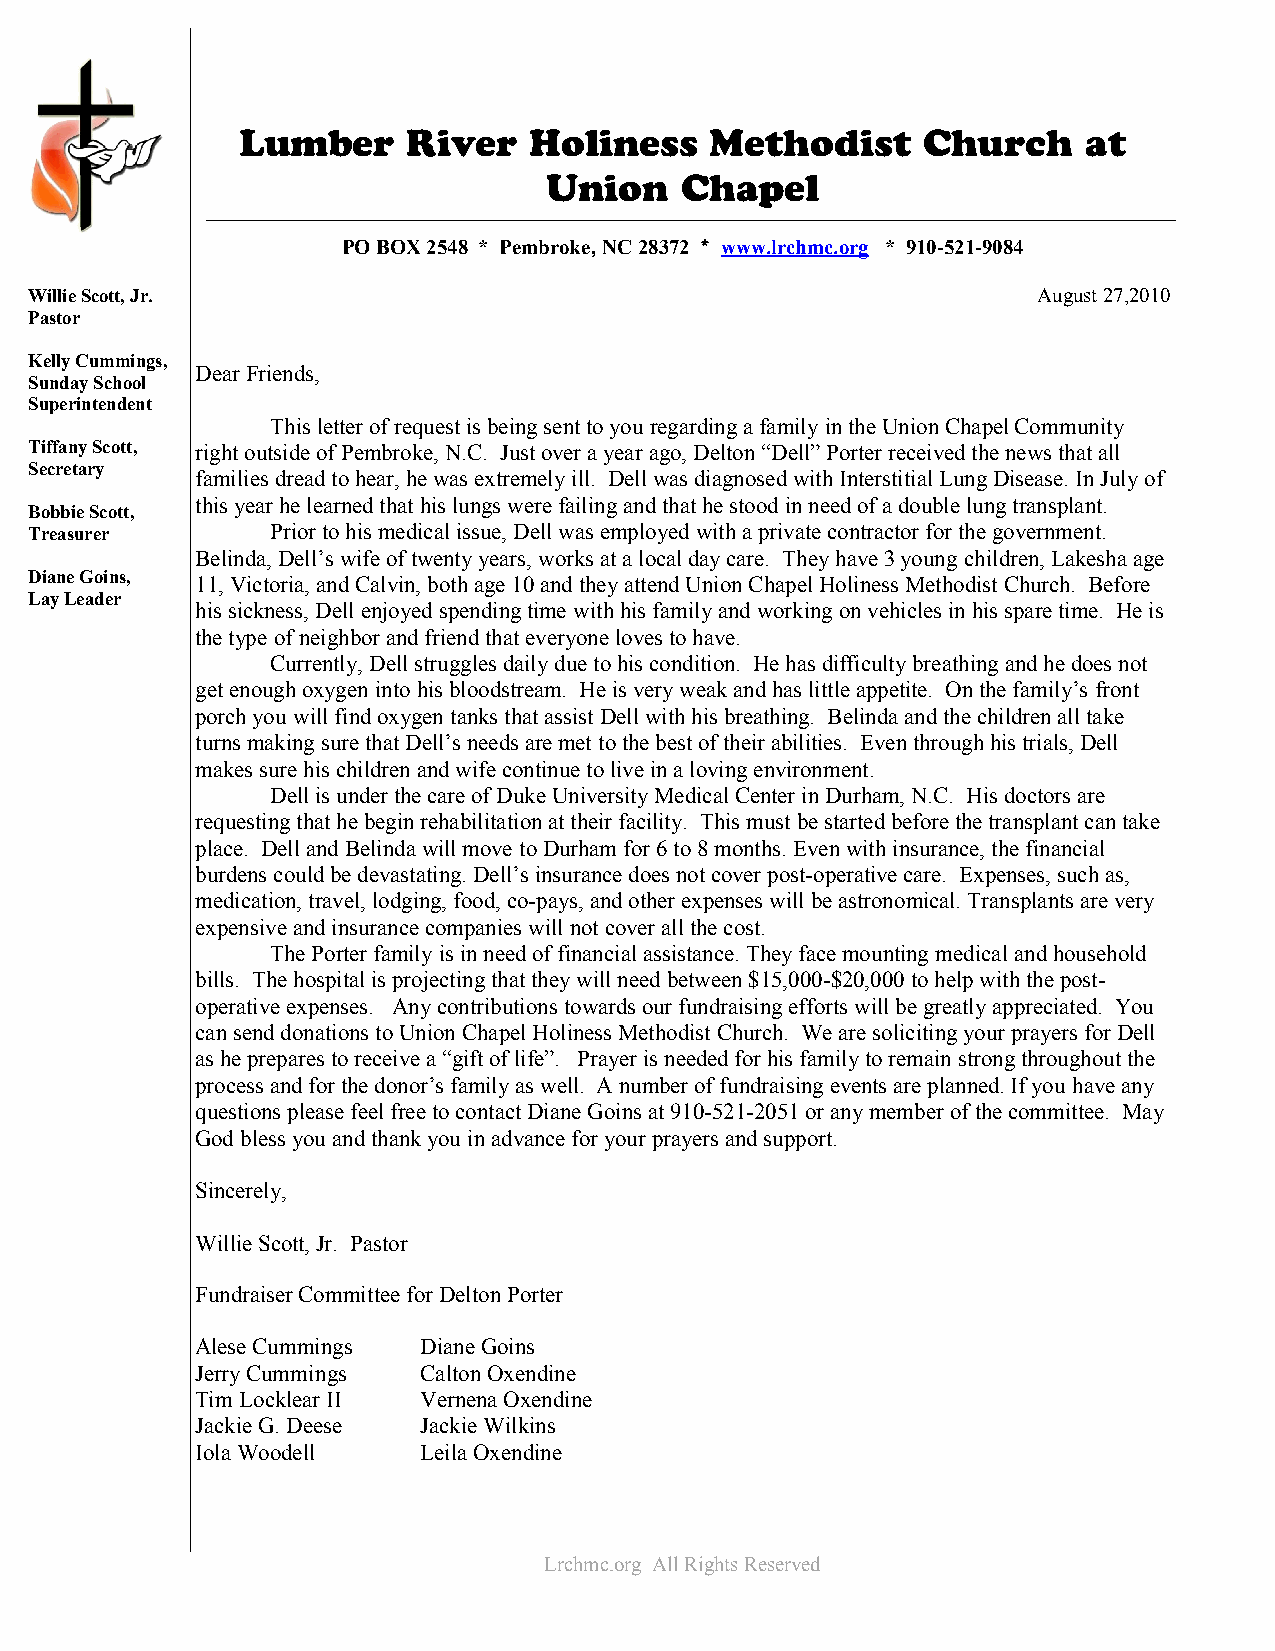
Lumber     River   Holiness    Methodist     Church     at
 Union    Chapel
 PO BOX 2548 * Pembroke, NC 28372 * www.lrchmc.org * 910-521-9084
 Willie Scott, Jr.                                                  August 27,2010
 Pastor
 Kelly Cummings,
 Dear Friends,
 Sunday School
 Superintendent
 This letter of request is being sent to you regarding a family in the Union Chapel Community
 Tiffany Scott, right outside of Pembroke, N.C. Just over a year ago, Delton “Dell” Porter received the news that all
 Secretary
 families dread to hear, he was extremely ill. Dell was diagnosed with Interstitial Lung Disease. In July of
 this year he learned that his lungs were failing and that he stood in need of a double lung transplant.
 Bobbie Scott,
 Treasurer       Prior to his medical issue, Dell was employed with a private contractor for the government.
 Belinda, Dell’s wife of twenty years, works at a local day care. They have 3 young children, Lakesha age
 Diane Goins, 11, Victoria, and Calvin, both age 10 and they attend Union Chapel Holiness Methodist Church. Before
 Lay Leader
 his sickness, Dell enjoyed spending time with his family and working on vehicles in his spare time. He is
 the type of neighbor and friend that everyone loves to have.
 Currently, Dell struggles daily due to his condition. He has difficulty breathing and he does not
 get enough oxygen into his bloodstream. He is very weak and has little appetite. On the family’s front
 porch you will find oxygen tanks that assist Dell with his breathing. Belinda and the children all take
 turns making sure that Dell’s needs are met to the best of their abilities. Even through his trials, Dell
 makes sure his children and wife continue to live in a loving environment.
 Dell is under the care of Duke University Medical Center in Durham, N.C. His doctors are
 requesting that he begin rehabilitation at their facility. This must be started before the transplant can take
 place. Dell and Belinda will move to Durham for 6 to 8 months. Even with insurance, the financial
 burdens could be devastating. Dell’s insurance does not cover post-operative care. Expenses, such as,
 medication, travel, lodging, food, co-pays, and other expenses will be astronomical. Transplants are very
 expensive and insurance companies will not cover all the cost.
 The Porter family is in need of financial assistance. They face mounting medical and household
 bills. The hospital is projecting that they will need between $15,000-$20,000 to help with the post-
 operative expenses. Any contributions towards our fundraising efforts will be greatly appreciated. You
 can send donations to Union Chapel Holiness Methodist Church. We are soliciting your prayers for Dell
 as he prepares to receive a “gift of life”. Prayer is needed for his family to remain strong throughout the
 process and for the donor’s family as well. A number of fundraising events are planned. If you have any
 questions please feel free to contact Diane Goins at 910-521-2051 or any member of the committee. May
 God bless you and thank you in advance for your prayers and support.
 Sincerely,
 Willie Scott, Jr. Pastor
 Fundraiser Committee for Delton Porter
 Alese Cummings Diane Goins
 Jerry Cummings Calton Oxendine
 Tim Locklear II Vernena Oxendine
 Jackie G. Deese Jackie Wilkins
 Iola Woodell   Leila Oxendine
 Lrchmc.org All Rights Reserved